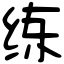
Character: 练